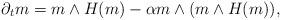
LaTeX: \begin{align*} \partial_t m = m \wedge H(m) - \alpha m \wedge (m \wedge H(m)),\end{align*}